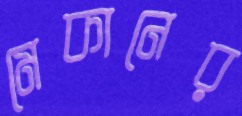
মেকানের